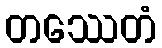
တဿေတံ